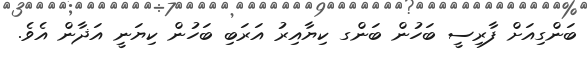
ބަންގިއަށް ފާރިސީ ބަހުން ބަންގ ކިޔާއިރު އަރަބި ބަހުން ކިޔަނީ އަޛާން އެވެ.